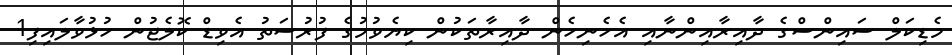
މެޑިކަލް ސައިންސްގެ ދާއިރާއިންނާއި އެހެނިހެން ދާއިރާތަކުން ކިޔެވުމުގެ ފުރުސަތު އެވިޑް ކޮލެޖުން ހުޅުވާލައިފި1